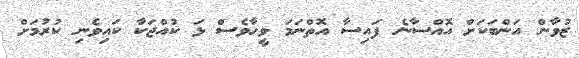
ޒުވާން އަންބަކަށް އޮއްސާނެ ފައިސާ އޮތްނަމަ ވީހާވެސް ޅަ ކުއްޖަކާ ކައިވެނި ކުރުމަށް